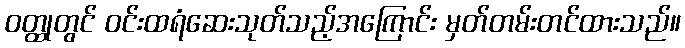
ဝတ္ထုတွင် ဝင်းထရံဆေးသုတ်သည့်အကြောင်း မှတ်တမ်းတင်ထားသည်။